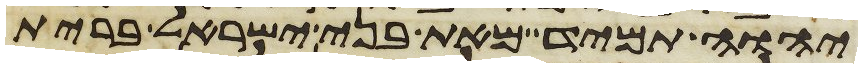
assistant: יהוה תמיד מאת בני ישראל ברית